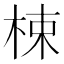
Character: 梀